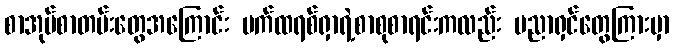
စာအုပ်စာတမ်းတွေအကြောင်း ပက်ထရစ်ရှာရဲ့စာစုစာရင်းကလည်း ပညာရှင်တွေကြားမှာ